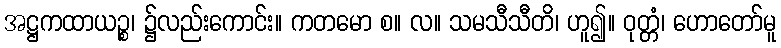
အဋ္ဌကထာယဉ္စ၊ ၌လည်းကောင်း။ ကတမော စ။ လ။ သမသီသီတိ၊ ဟူ၍။ ဝုတ္တံ၊ ဟောတော်မူ